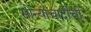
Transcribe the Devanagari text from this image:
सोन्याचांदीची